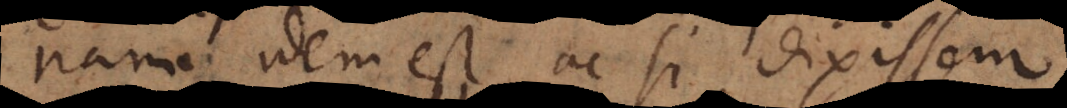
nam idem est ac si dixissem